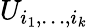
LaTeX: U_{i_{1},\dots,i_{k}}